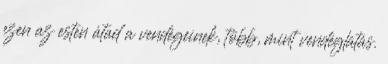
ezen az esten átad a vendégeinek, több, mint vendéglátás.